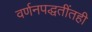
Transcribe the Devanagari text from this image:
वर्णनपद्धतींतही